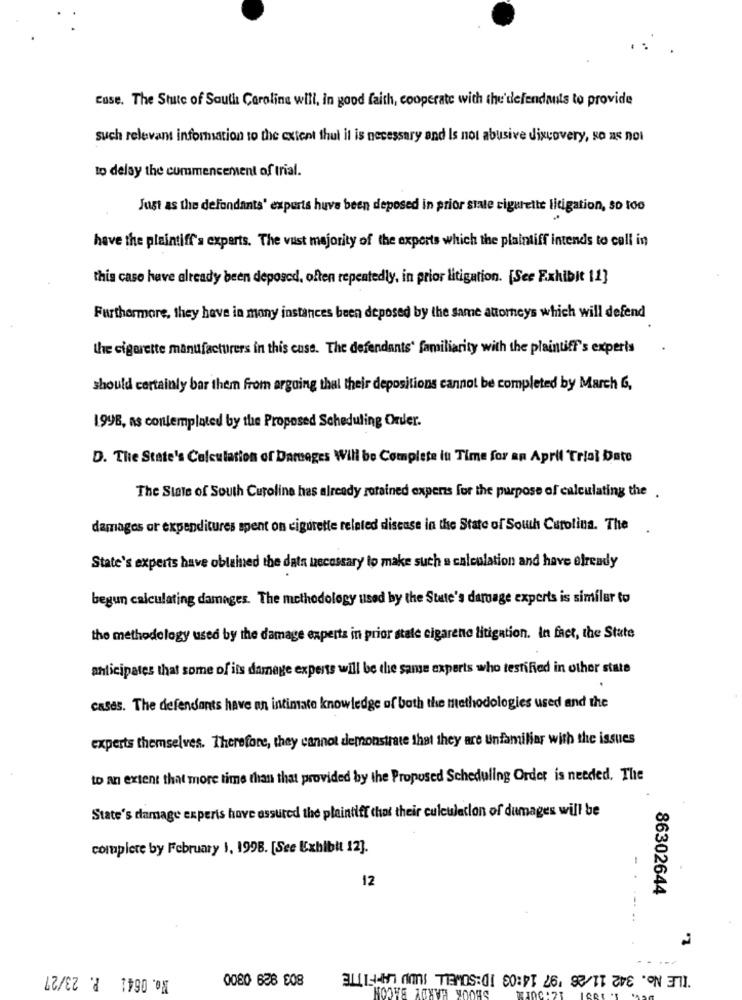
Euse. The Stute of South Carolina will, in good faith, cooperate with the'defendants to provide
such relevant information to the extent that it is necessary and Is not abusive discovery, so as not
to delay the commencement of trial.
Just as the defondants' experts huve been deposed in prior state cigarette litigation, so too
have the plaintiff's experts. The vast majority of the experts which the plaintiff intends to call in
this case have already been deposed, often repentedly, in prior litigation. [See Exhibit 11]
Furthermore, they have in many instances been deposed by the same attorneys which will defend
the cigarette manufacturers in this cuse. The defendants' familiarity with the plaintiff's experts
should certainly bar them from arguing that their depositions cannot be completed by March G,
1998, as contemplated by the Proposed Scheduling Order.
D. The State's Calculation of Damages Will be Complete in Time for an April Trial Date
The State of South Curoline has already rorained experts for the purpose of calculating the .
damages or expenditures spent on cigorette related disease in the State of South Carolina. The
State's experts have obtained the data necessary to make such a calculation and have elready
begun calculating damages. The methodology used by the State's damage experts is similar to
the methodology used by the damage experts in prior state cigarene litigation. In fact, the State
anticipates that some of its damage experts will be the same experts who testified in other state
cases. The defendants have an intimate knowledge of both the methodologies used and the
experts themselves. Therefore, they cannot demonstrate that they are Unfamiliar with the issues
to an extent that more time than that provided by the Proposed Scheduling Order is needed. The
State's damage experis hove assured the plaintiff that their culculation of dumages will be
complete by February 1, 1998. [See Exhibit 12].
12
86302644
-----
2.
No. 0641 P. 23/27
TLE No. 342 11/26 '97 14:03 ID:SOWELL JUDD LAFFITTE
0080 638 508
SHOOK HARDY BACON
100:21